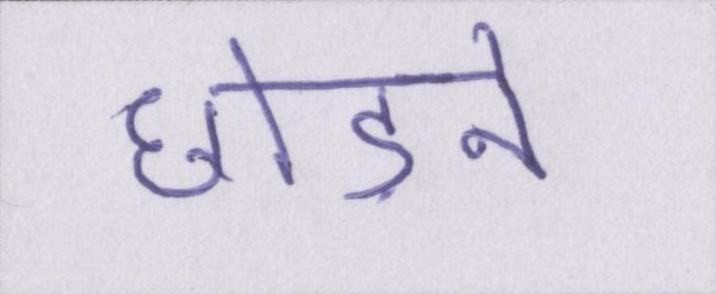
छोड़ने